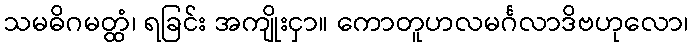
သမဓိဂမတ္ထံ၊ ရခြင်း အကျိုးငှာ။ ကောတူဟလမင်္ဂလာဒိဗဟုလော၊